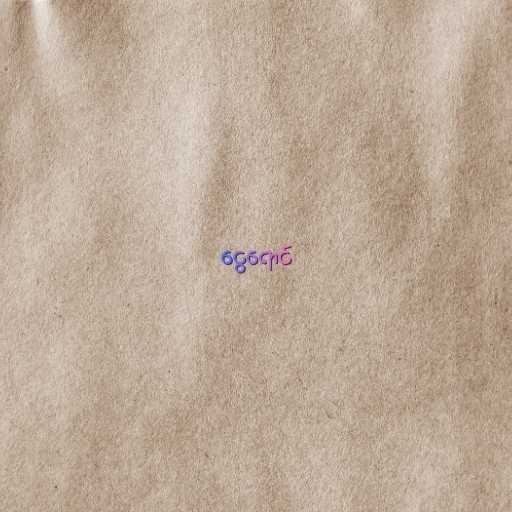
ငွေရောင်